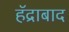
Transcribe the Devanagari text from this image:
हॅद्राबाद